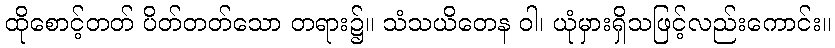
ထိုစောင့်တတ် ပိတ်တတ်သော တရား၌။ သံသယိတေန ဝါ၊ ယုံမှားရှိသဖြင့်လည်းကောင်း။